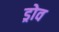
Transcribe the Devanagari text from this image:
ड्रोव